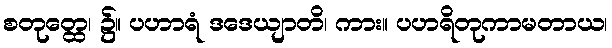
စတုတ္ထေ၊ ၌။ ပဟာရံ ဒဒေယျာတိ၊ ကား။ ပဟရိတုကာမတာယ၊